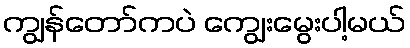
ကျွန်တော်ကပဲ ကျွေးမွေးပါ့မယ်